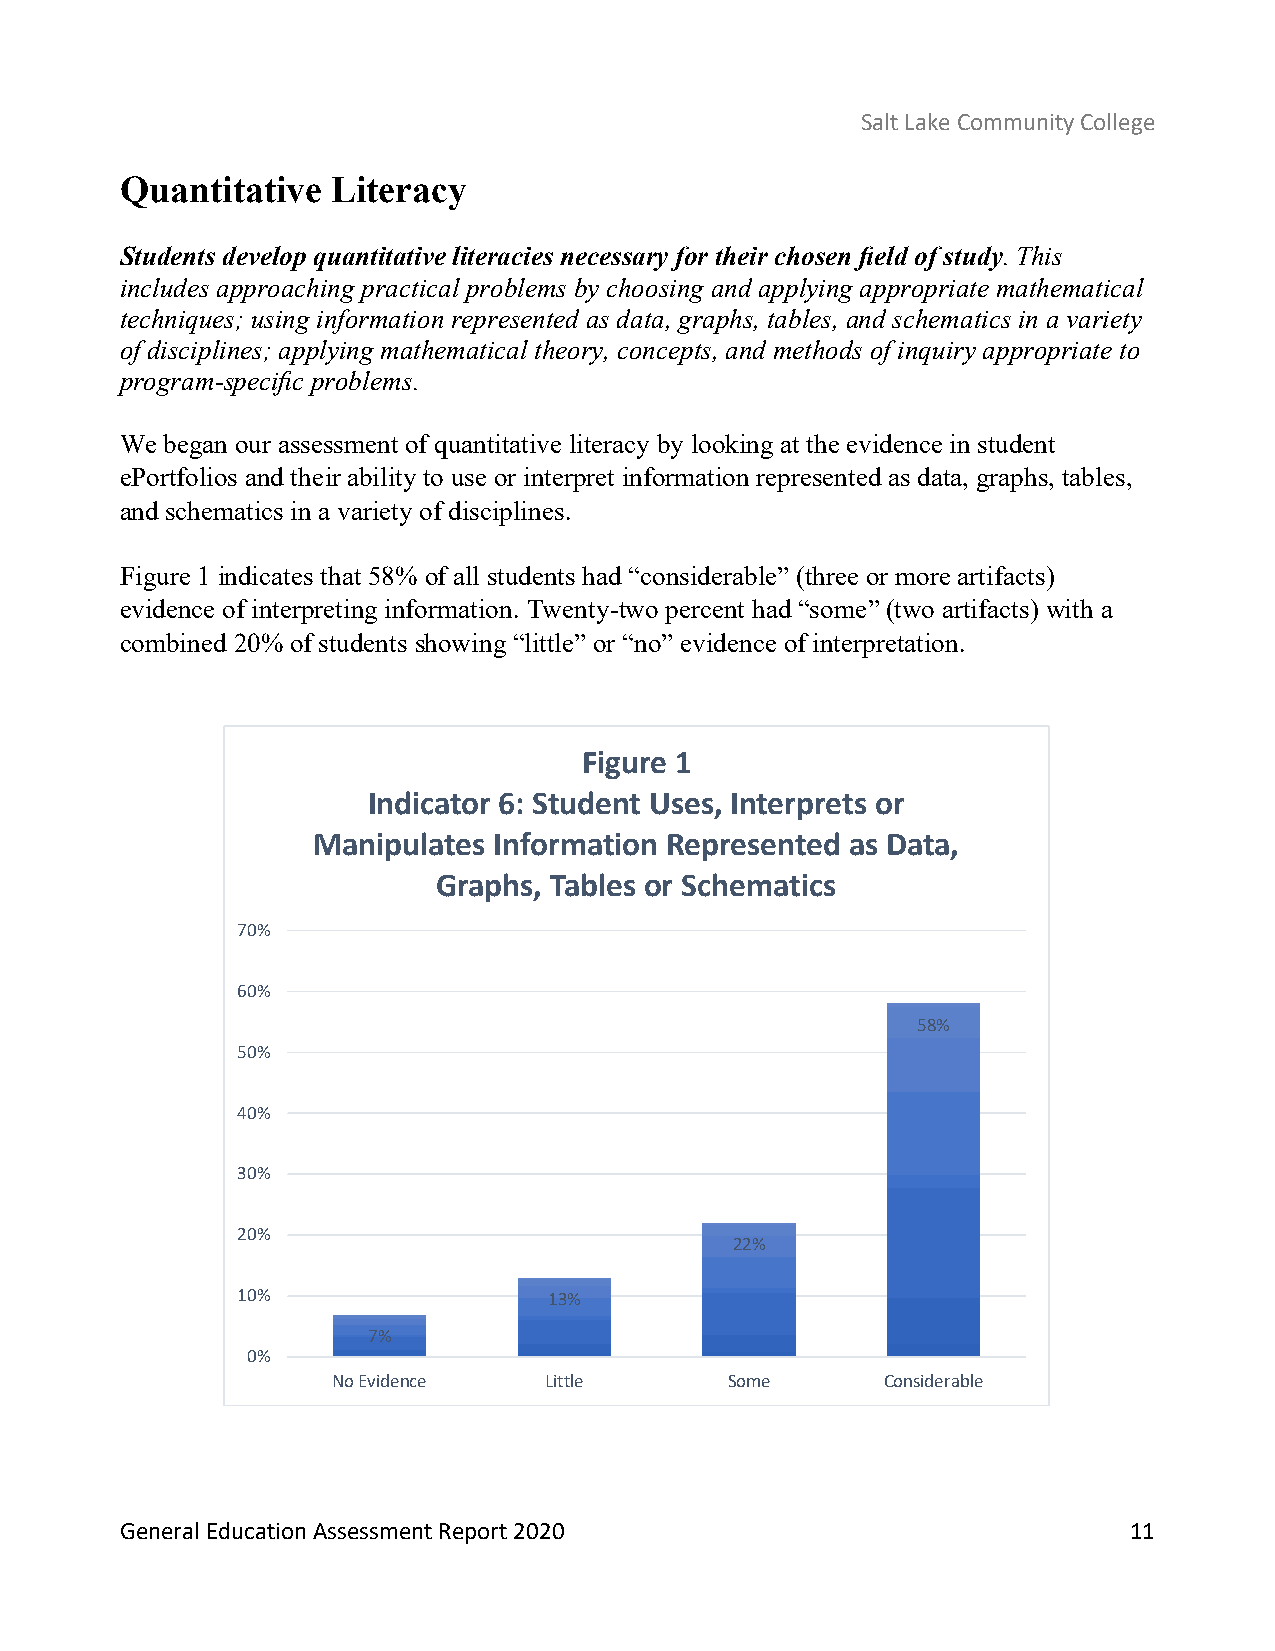
Salt Lake Community College
 Quantitative  Literacy
 Students develop quantitative literacies necessary for their chosen field of study. This
 includes approaching practical problems by choosing and applying appropriate mathematical
 techniques; using information represented as data, graphs, tables, and schematics in a variety
 of disciplines; applying mathematical theory, concepts, and methods of inquiry appropriate to
 program-specific problems.
 We began our assessment of quantitative literacy by looking at the evidence in student
 ePortfolios and their ability to use or interpret information represented as data, graphs, tables,
 and schematics in a variety of disciplines.
 Figure 1 indicates that 58% of all students had “considerable” (three or more artifacts)
 evidence of interpreting information. Twenty-two percent had “some” (two artifacts) with a
 combined 20% of students showing “little” or “no” evidence of interpretation.
 Figure 1
 Indicator 6: Student Uses, Interprets or
 Manipulates Information Represented as Data,
 Graphs, Tables or Schematics
 70%
 60%
 58%
 50%
 40%
 30%
 20%
 22%
 10%                 13%
 7%
 0%
 No Evidence   Little      Some       Considerable
 General Education Assessment Report 2020                           11